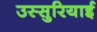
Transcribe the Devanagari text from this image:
उस्सुरियाई